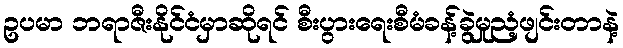
ဥပမာ ဘရာဇီးနိုင်ငံမှာဆိုရင် စီးပွားရေးစီမံခန့်ခွဲမှုညံ့ဖျင်းတာနဲ့